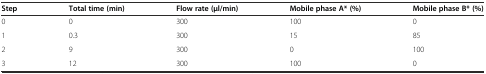
<table><thead><tr><td><b>Step</b></td><td><b>Total time (min)</b></td><td><b>Flow rate (μl/min)</b></td><td><b>Mobile phase A* (%)</b></td><td><b>Mobile phase B* (%)</b></td></tr></thead><tbody><tr><td>0</td><td>0</td><td>300</td><td>100</td><td>0</td></tr><tr><td>1</td><td>0.3</td><td>300</td><td>15</td><td>85</td></tr><tr><td>2</td><td>9</td><td>300</td><td>0</td><td>100</td></tr><tr><td>3</td><td>12</td><td>300</td><td>100</td><td>0</td></tr></tbody></table>